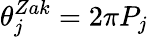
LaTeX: \theta_{j}^{Zak}=2\pi P_{j}